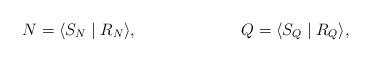
LaTeX: \begin{align*}N&=\langle S_N\mid R_N\rangle,&Q&=\langle S_Q\mid R_Q\rangle,\end{align*}